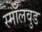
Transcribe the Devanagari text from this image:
स्मॉलवुड